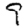
Digit: 9